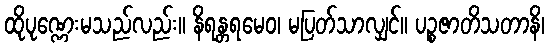
ထိုပုဏ္ဏေးမသည်လည်း။ နိရန္တရမေဝ၊ မပြတ်သာလျှင်။ ပဉ္စဇာတိသတာနိ၊